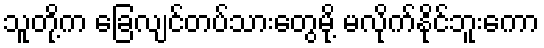
သူတို့က ခြေလျင်တပ်သားတွေမို့ မလိုက်နိုင်ဘူးကော